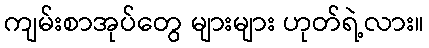
ကျမ်းစာအုပ်တွေ များများ ဟုတ်ရဲ့လား။